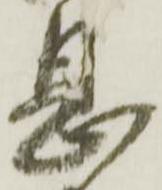
息